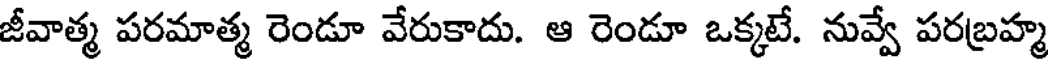
జీవాత్మ పరమాత్మ రెండూ వేరుకాదు. ఆ రెండూ ఒక్కటే. నువ్వే పరబ్రహ్మ